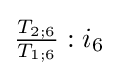
{\tfrac {T_{2;6}}{T_{1;6}}}:{i_{6}}